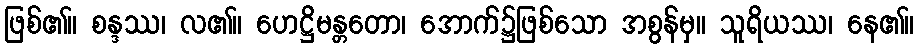
ဖြစ်၏။ စန္ဒဿ၊ လ၏။ ဟေဋ္ဌိမန္တတော၊ အောက်၌ဖြစ်သော အစွန်မှ။ သူရိယဿ၊ နေ၏။